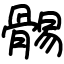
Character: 䯜